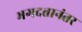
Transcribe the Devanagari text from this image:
भगदत्तानंतर